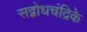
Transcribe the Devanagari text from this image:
सद्बोधचंद्रिके